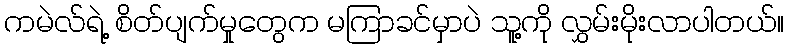
ကမဲလ်ရဲ့ စိတ်ပျက်မှုတွေက မကြာခင်မှာပဲ သူ့ကို လွှမ်းမိုးလာပါတယ်။